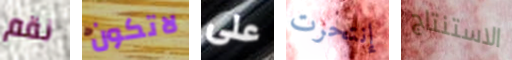
نقم لاتكون على إنتحرت الاستنتاج